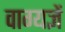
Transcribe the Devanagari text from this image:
वाग्यज्ञें